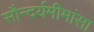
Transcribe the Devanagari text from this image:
सौन्दर्यमीमांसा